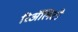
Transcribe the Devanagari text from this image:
रिॲलिटी